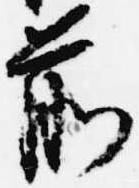
前